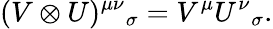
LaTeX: (V\otimes U)^{\mu\nu}{}_{\sigma}=V^{\mu}U^{\nu}{}_{\sigma}.